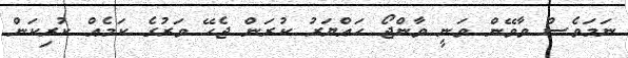
ނަމަވެސް ވާވޭން ވަނީ ވާންޖޯ ހައްޔަރު ކުރަން ޖެހޭ ވަރުގެ ކަމެއް ކުރިކަން